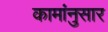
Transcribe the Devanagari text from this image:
कामांनुसार